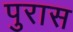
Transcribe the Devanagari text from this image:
पुरास